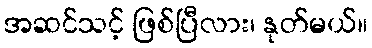
အဆင်သင့် ဖြစ်ပြီလား၊ နုတ်မယ်။